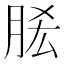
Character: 𰮠